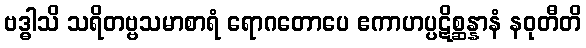
ဗဒ္ဓါသိ သရိတဗ္ဗသမာစာရံ ရောဂတောပေ ဧကာဟပ္ပဋိစ္ဆန္နာနံ နဝုတီတိ